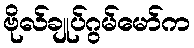
ဗိုလ်ချုပ်ဂွမ်မော်က